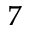
^ 7